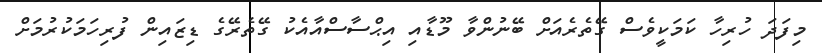
މިފަދަ ހުރިހާ ކަމަކީވެސް ގޭތެރެއަށް ބޭނުންވާ މޫޑާއި އިޙްސާސްއާއެކު ގޭތެރޭގެ ޑިޒައިން ފުރިހަމަކުރުމަށް